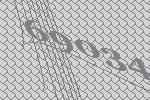
69034